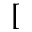
[